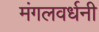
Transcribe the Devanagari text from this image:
मंगलवर्धनी